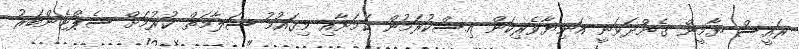
ރައީސް ޔާމީން ގެންދަވަނީ އަނިޔާވެރިކަން އިސްކުރަމުން ކަމަށާއި މިގައުމު ސަލާމަތް ކުރުމަށް ސެޕްޓެންބަރު